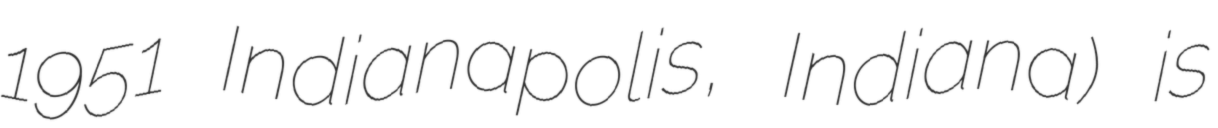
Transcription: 1951 Indianapolis, Indiana) is